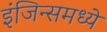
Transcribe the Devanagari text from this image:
इंजिन्समध्ये